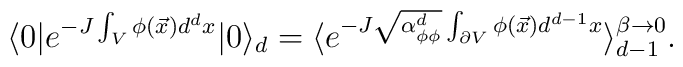
\langle 0| e^{-J \int_V \phi (\vec{x}) d^dx}|0 \rangle_{d}    = \langle e^{-J \sqrt{\alpha^d_{\phi\phi}}\int_{\partial V} \phi (\vec{x})    d^{d-1}x}\rangle_{d-1}^{\beta \to 0}.